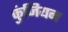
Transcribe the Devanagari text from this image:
कुंजियन